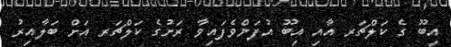
އިބޫ ގެ ކަލްޗަރ އާއި އިބޫ އުފަންވެފައިވާ ރަށުގެ ކަލްޗަރ އަށް ބަލާއިރު